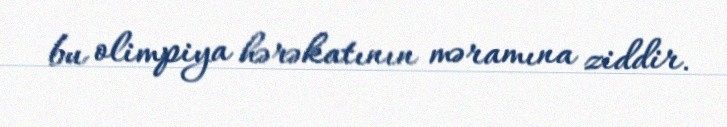
bu olimpiya hərəkatının məramına ziddir.